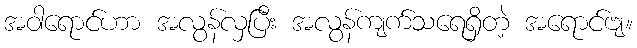
အဝါရောင်ဟာ အလွန်လှပြီး အလွန်ကျက်သရေရှိတဲ့ အရောင်ဗျ။